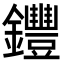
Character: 𨰘